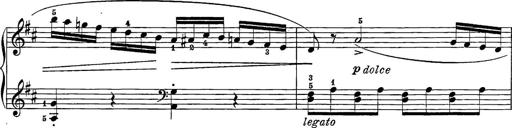
Title: 12 Sonatine per Pianoforte
Composer: Friedrich Kuhlau